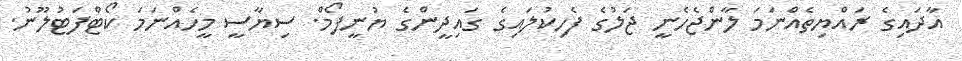
އާދައިގެ ރައްޔިތެއްނަމަ ލާންޖެހެނީ ޖަލުގެ ފެހިކުލައިގެ ގައިދީންގެ ޔުނީފޯމް. ސިޔާސީ މީހެއްނަމަ ކޯޓްފަޓުލޫނު.